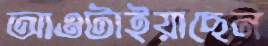
আওটাইয়াছেন